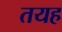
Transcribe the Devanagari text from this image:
तयह